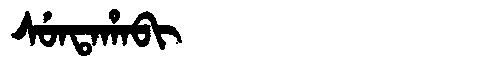
Manchu: ᠰᡠᠨᡨᠠᡥᠠᠪᡳ
Romanization: SUNTAHABI